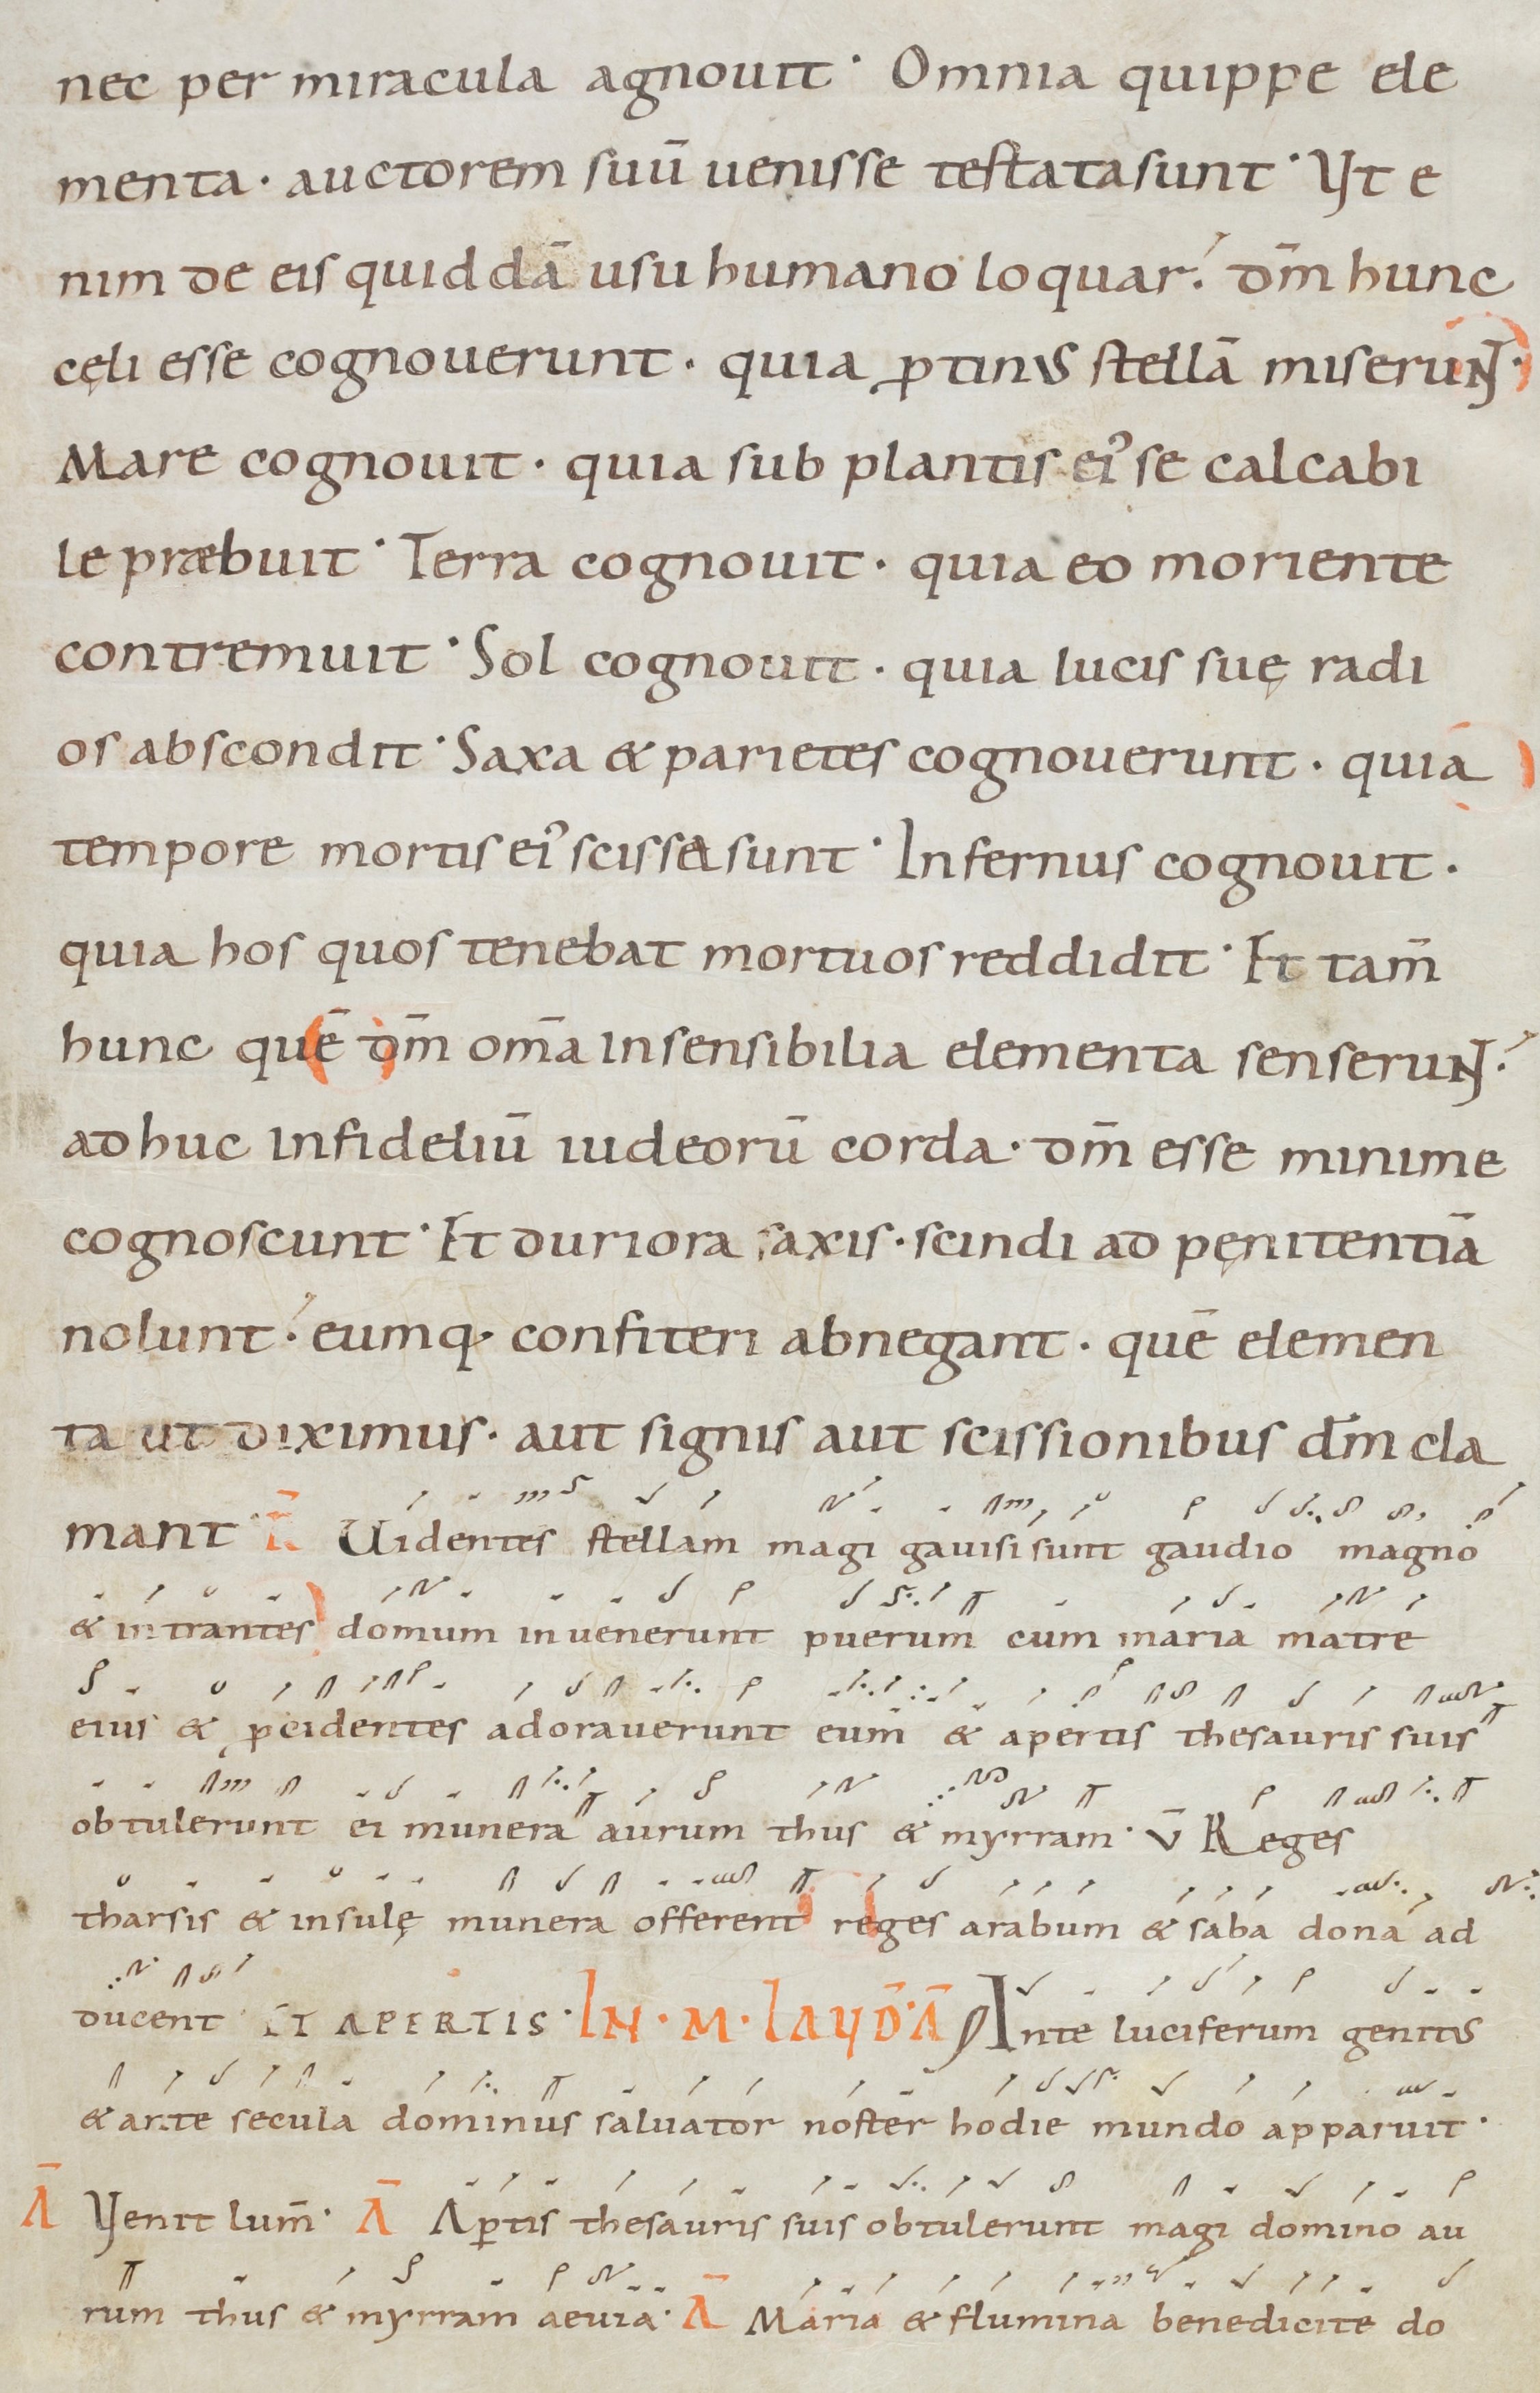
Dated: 1000–1099